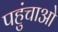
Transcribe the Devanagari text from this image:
पहुंचाओ